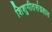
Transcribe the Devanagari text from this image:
शिशुगीतसंग्रहात